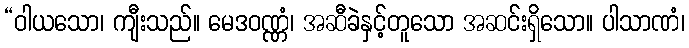
“ဝါယသော၊ ကျီးသည်။ မေဒဝဏ္ဏံ၊ အဆီခဲနှင့်တူသော အဆင်းရှိသော။ ပါသာဏံ၊